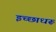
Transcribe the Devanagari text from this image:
इच्छाधरू